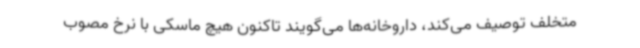
متخلف توصیف می‌کند، داروخانه‌ها می‌گویند تاکنون هیچ ماسکی با نرخ مصوب